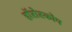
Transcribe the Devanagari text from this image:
हॉरोस्कोप